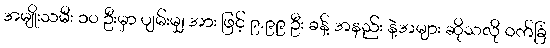
အမျိုးသမီး ၁၀ ဦးမှာ ပျမ်းမျှ အား ဖြင့် ၉.၉၉ ဦး ခန့် အနည်း နဲ့အများ ဆိုသလို ဝက်ခြံ